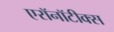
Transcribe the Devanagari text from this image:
एरॉनॉटीक्स